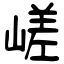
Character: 嵯